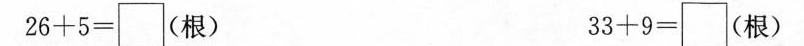
$$2 6 + 5 = \Box$$ (根) $$3 3+ 9= \Box $$ (根)